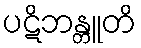
ပဋိဘန္တူတိ